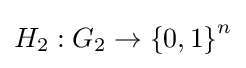
\textstyle H_{2}:G_{2}\rightarrow \left\{0,1\right\}^{n}